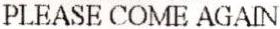
PLEASE COME AGAIN